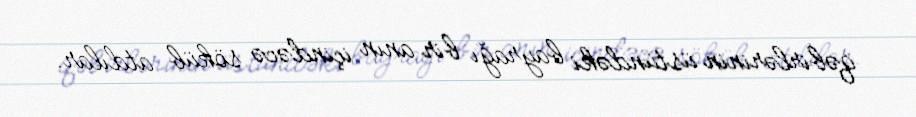
qəbirlərinin üstündəki bayrağı bir anın içindəcə söküb atdılar.